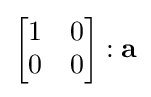
{\begin{bmatrix}1&0\\0&0\end{bmatrix}}:\mathbf {a}